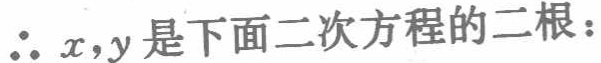
$\therefore x,y是下面二次方程的二根：$